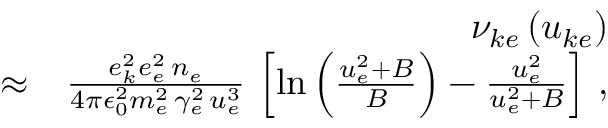
\begin{array} { r l r } & { } & { \nu _ { k e } \left( u _ { k e } \right) } \\ & { \approx } & { \frac { e _ { k } ^ { 2 } e _ { e } ^ { 2 } \, n _ { e } } { 4 \pi \epsilon _ { 0 } ^ { 2 } m _ { e } ^ { 2 } \, \gamma _ { e } ^ { 2 } \, u _ { e } ^ { 3 } } \, \left[ \ln \left( \frac { u _ { e } ^ { 2 } + B } { B } \right) - \frac { u _ { e } ^ { 2 } } { u _ { e } ^ { 2 } + B } \right] \, , } \end{array}